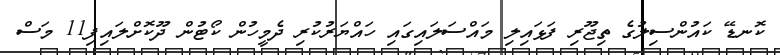
ކޮނޑޭ ކައުންސިލުގެ ތިޖޫރި ފަޅައިލި މައްސަލައިގައި ހައްޔަރުކުރި ދެމީހުން ކޯޓުން ދޫކޮށްލައިފި11 މަސް